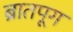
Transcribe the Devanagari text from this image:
ब्रातपूग